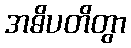
အဓိပတိတွာ